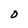
Character: o